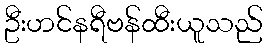
ဦးဟင်နရီဗန်ထီးယူသည်